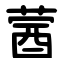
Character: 蒏